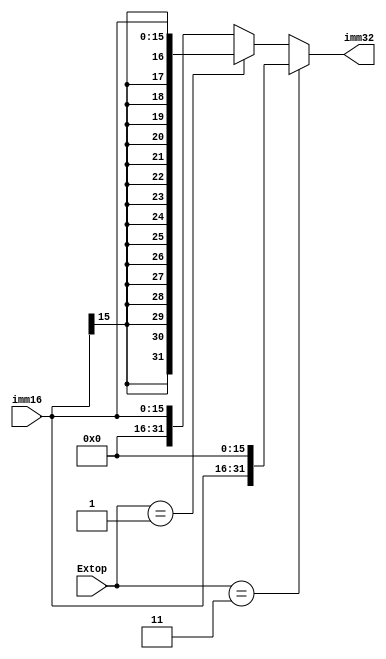
module ext(imm16,imm32,Extop);
  input [15:0]imm16;
  input [1:0]Extop;
  output [31:0]imm32;
  assign imm32=(Extop==2'b11)?{imm16,16'b0}:(Extop==2'b01)?{{16{imm16[15]}},imm16}:{16'b0,imm16};//11-lui;01-sign;00-zero;
endmodule